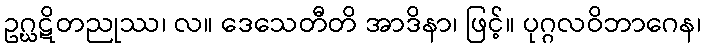
ဥဂ္ဃဋိတညုဿ၊ လ။ ဒေသေတီတိ အာဒိနာ၊ ဖြင့်။ ပုဂ္ဂလဝိဘာဂေန၊